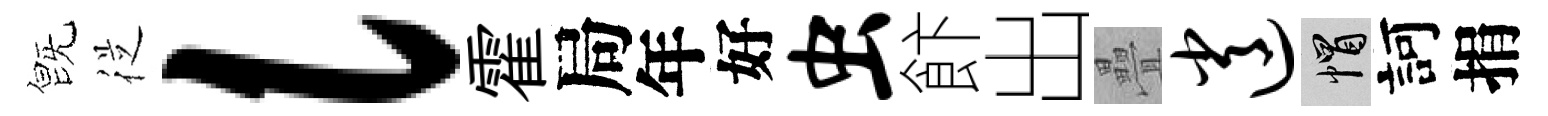
旣従l霍局年好虫飰出疊逍帽訶捐